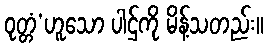
ဝုတ္တံ’ဟူသော ပါဌ်ကို မိန့်သတည်း။